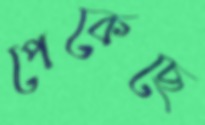
পেকেছে